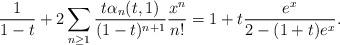
LaTeX: \begin{align*} \frac{1}{1-t} + 2\sum_{n\geq 1}\frac{t\alpha_n(t,1)}{(1-t)^{n+1}}\frac{x^n}{n!} = 1 + t\frac{e^x}{2-(1+t)e^x}.\end{align*}